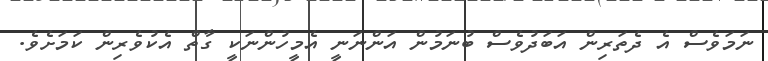
ނަމަވެސް އެ ދެތަރިން އަބަދުވެސް ބުނަމުން އަންނަނީ އެމީހުންނަކީ ގާތް އެކުވެރިން ކަމަށެވެ.